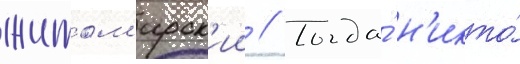
житом'ирск'ии // Тогда́ н'икто́